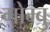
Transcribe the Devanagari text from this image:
गोम्बु